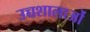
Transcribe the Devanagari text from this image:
उच्चशालाओं